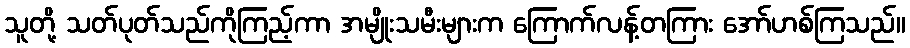
သူတို့ သတ်ပုတ်သည်ကိုကြည့်ကာ အမျိုးသမီးများက ကြောက်လန့်တကြား အော်ဟစ်ကြသည်။